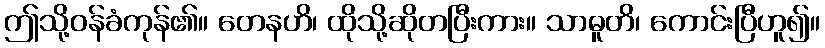
ဤသို့ဝန်ခံကုန်၏။ တေနဟိ၊ ထိုသို့ဆိုတပြီးကား။ သာဓူတိ၊ ကောင်းပြီဟူ၍။